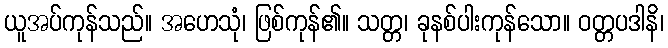
ယူအပ်ကုန်သည်။ အဟေသုံ၊ ဖြစ်ကုန်၏။ သတ္တ၊ ခုနစ်ပါးကုန်သော။ ဝတ္တပဒါနိ၊